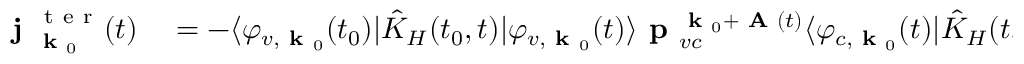
\begin{array} { r l } { \textbf { j } _ { \textbf { k } _ { 0 } } ^ { \mathrm { ~ t ~ e ~ r ~ } } ( t ) } & { { } = - \langle \varphi _ { v , \textbf { k } _ { 0 } } ( t _ { 0 } ) | \hat { K } _ { H } ( t _ { 0 } , t ) | \varphi _ { v , \textbf { k } _ { 0 } } ( t ) \rangle \textbf { p } _ { v c } ^ { \textbf { k } _ { 0 } + \textbf { A } ( t ) } \langle \varphi _ { c , \textbf { k } _ { 0 } } ( t ) | \hat { K } _ { H } ( t , t _ { 0 } ) | \varphi _ { v , \textbf { k } _ { 0 } } ( t _ { 0 } ) \rangle + c . c . , } \end{array}